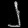
Digit: ၂